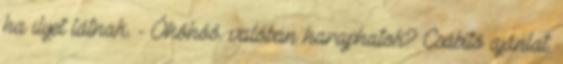
ha ilyet látnak. - Óhóhóó. valóban haraphatok? Csábító ajánlat.